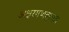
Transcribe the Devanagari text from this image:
अक्षरगणवृत्तात